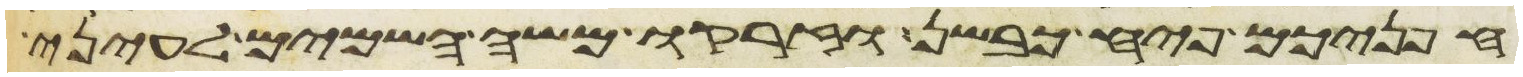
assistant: חפניכם פיח כבשן וזרקו משה השמים לעיני